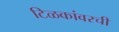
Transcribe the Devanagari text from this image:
टिळकांवरची